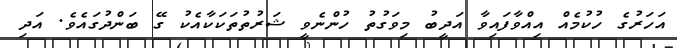
އަހަރުގެ ހުކުމެއް އިއްވާފައިވާ އަދީބު މިވަގުތު ހުންނެވީ ޝަރުތުތަކަކާއެކު ގޭ ބަންދުގައެވެ. އަދި